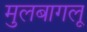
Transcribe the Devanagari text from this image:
मुलबागलू